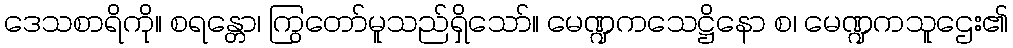
ဒေသစာရိကို။ စရန္တော၊ ကြွတော်မူသည်ရှိသော်။ မေဏ္ဍကသေဋ္ဌိနော စ၊ မေဏ္ဍကသူဌေး၏